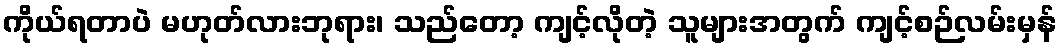
ကိုယ်ရတာပဲ မဟုတ်လားဘုရား၊ သည်တော့ ကျင့်လိုတဲ့ သူများအတွက် ကျင့်စဉ်လမ်းမှန်